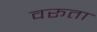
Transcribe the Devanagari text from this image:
वरूता